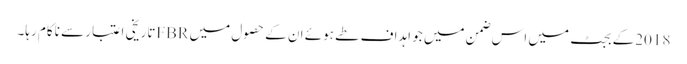
2018کے بجٹ میں اس ضمن میں جو اہداف طے ہوئے ان کے حصول میں FBRتاریخی اعتبار سے ناکام رہا۔